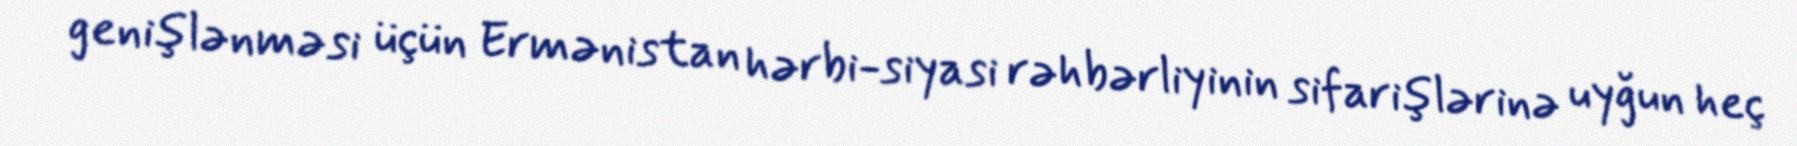
genişlənməsi üçün Ermənistan hərbi-siyasi rəhbərliyinin sifarişlərinə uyğun heç